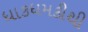
ધાકધમકીથી